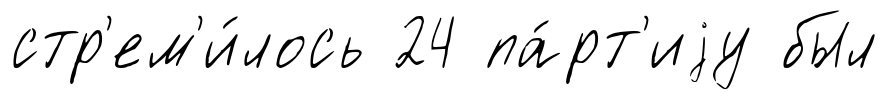
стр'ем'и́лось 24 па́рт'иjу был